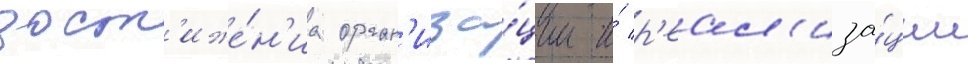
дост'иже́н'иа орган'иза́ции и́ р'еал'иза́ции